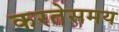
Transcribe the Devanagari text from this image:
करतेसमय